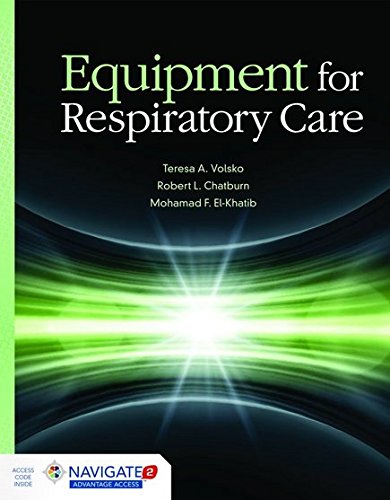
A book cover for Equipment For Respiratory Care; Teresa A. Volsko; Medical Books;